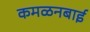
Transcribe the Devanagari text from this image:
कमळनबाई